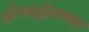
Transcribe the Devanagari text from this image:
अँगस्ट्रॉमच्या